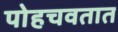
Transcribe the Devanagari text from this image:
पोहचवतात